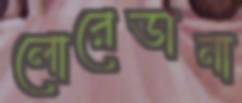
লোরেডানা